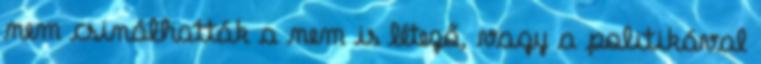
nem csinálhatták a nem is létező, vagy a politikával